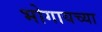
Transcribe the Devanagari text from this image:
भोगायच्या